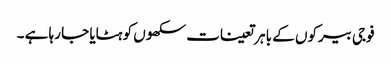
فوجی بیرکوں کے با ہر تعینات سکھوں کو ہٹایا جا رہا ہے ۔